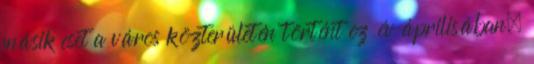
másik eset a város közterületén történt ez év áprilisában.